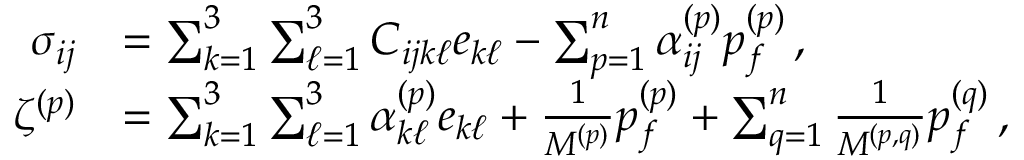
\begin{array} { r l } { \sigma _ { i j } } & { = \sum _ { k = 1 } ^ { 3 } \sum _ { \ell = 1 } ^ { 3 } C _ { i j k \ell } e _ { k \ell } - \sum _ { p = 1 } ^ { n } \alpha _ { i j } ^ { ( p ) } p _ { f } ^ { ( p ) } \, , } \\ { \zeta ^ { ( p ) } } & { = \sum _ { k = 1 } ^ { 3 } \sum _ { \ell = 1 } ^ { 3 } \alpha _ { k \ell } ^ { ( p ) } e _ { k \ell } + \frac { 1 } { M ^ { ( p ) } } p _ { f } ^ { ( p ) } + \sum _ { q = 1 } ^ { n } \frac { 1 } { M ^ { ( p , q ) } } p _ { f } ^ { ( q ) } \, , } \end{array}